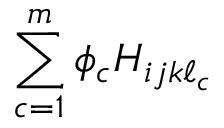
\sum _ { c = 1 } ^ { m } \phi _ { c } H _ { i j k \ell _ { c } }